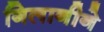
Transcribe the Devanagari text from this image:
गिलानीने